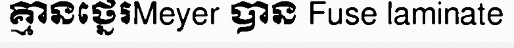
គ្មានថ្នេរMeyer បាន Fuse laminate